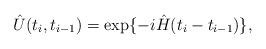
LaTeX: \begin{align*} \hat{U}(t_i,t_{i-1}) = \exp\{-i\hat{H}(t_i-t_{i-1})\},\end{align*}